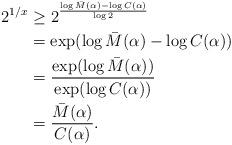
LaTeX: \begin{align*}2^{1/x} & \geq 2^{\frac{\log \bar M(\alpha) - \log C(\alpha)}{\log 2}} \\& = \exp(\log \bar M(\alpha) - \log C(\alpha)) \\& = \frac{\exp(\log \bar M(\alpha))}{\exp(\log C(\alpha))} \\& = \frac{\bar M(\alpha)}{C(\alpha)}.\end{align*}